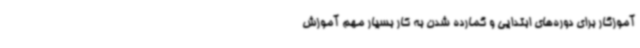
آموزگار برای دوره‌های ابتدایی و گمارده شدن به کار بسیار مهم آموزش